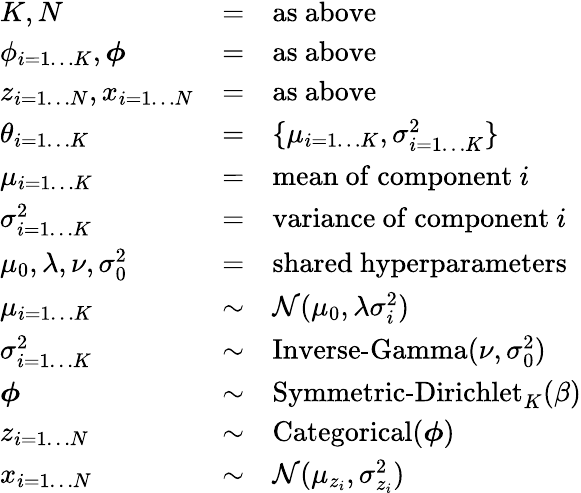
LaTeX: {\begin{array}{lcl}{K,N}&{=}&{{\mathrm{as~above}}}\\ {\phi_{i=1\dots K},{\boldsymbol{\phi}}}&{=}&{{\mathrm{as~above}}}\\ {z_{i=1\dots N},x_{i=1\dots N}}&{=}&{{\mathrm{as~above}}}\\ {\theta_{i=1\dots K}}&{=}&{\{ \mu_{i=1\dots K},\sigma_{i=1\dots K}^{2}\} }\\ {\mu_{i=1\dots K}}&{=}&{{\mathrm{mean~of~component~}}i}\\ {\sigma_{i=1\dots K}^{2}}&{=}&{{\mathrm{variance~of~component~}}i}\\ {\mu_{0},\lambda,\nu,\sigma_{0}^{2}}&{=}&{{\mathrm{shared~hyperparameters}}}\\ {\mu_{i=1\dots K}}&{\sim}&{{\mathcal{N}}(\mu_{0},\lambda\sigma_{i}^{2})}\\ {\sigma_{i=1\dots K}^{2}}&{\sim}&{\operatorname{Inverse-Gamma}(\nu,\sigma_{0}^{2})}\\ {{\boldsymbol{\phi}}}&{\sim}&{\operatorname{Symmetric-Dirichlet}_{K}(\beta)}\\ {z_{i=1\dots N}}&{\sim}&{\operatorname{Categorical}({\boldsymbol{\phi}})}\\ {x_{i=1\dots N}}&{\sim}&{{\mathcal{N}}(\mu_{z_{i}},\sigma_{z_{i}}^{2})}\end{array}}